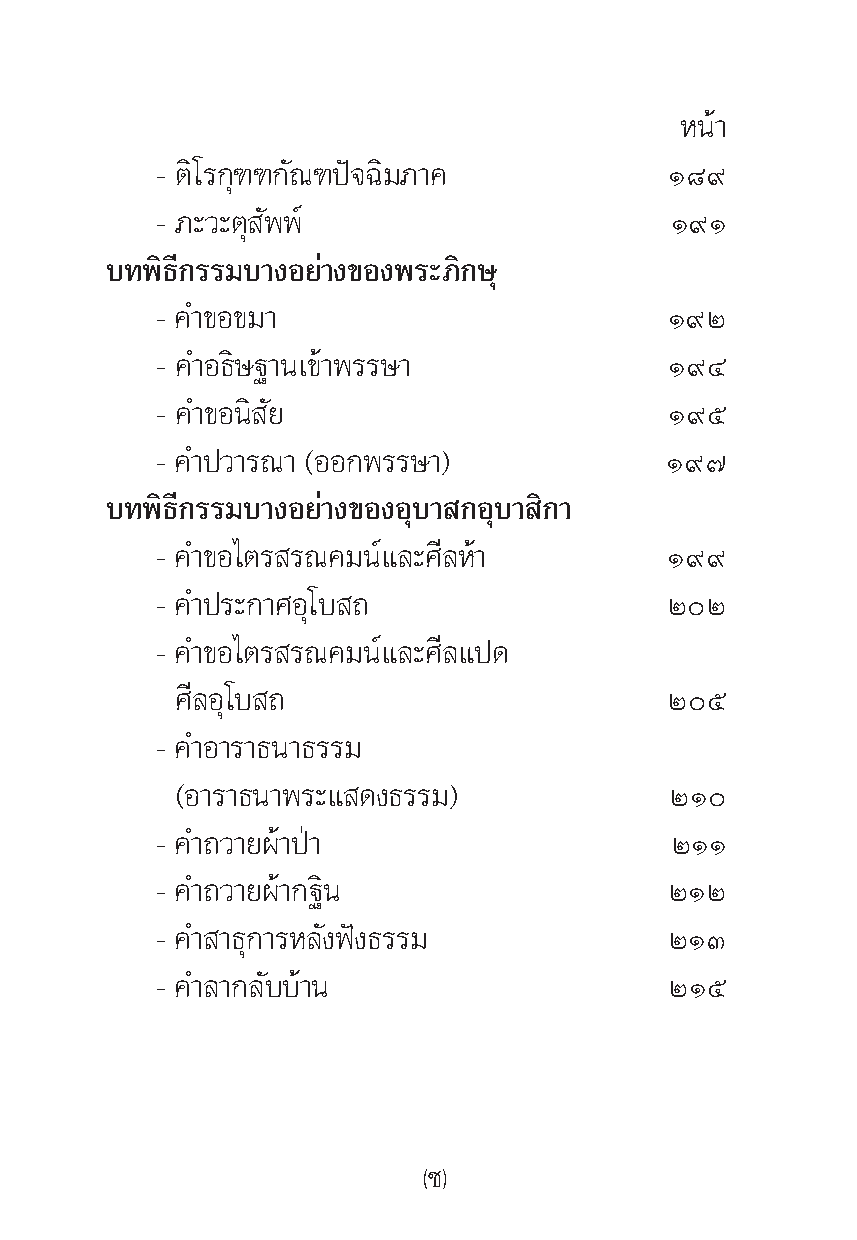
Àπâ“
 - μ‘‚√°ÿ±±°—≥±ªí®©‘¡¿“§           Ò¯˘
 - ¿–«–μÿ —ææå                     Ò˘Ò
 ∫∑æ‘∏’°√√¡∫“ßÕ¬à“ß¢Õßæ√–¿‘°…ÿ
 - §”¢Õ¢¡“                         Ò˘Ú
 - §”Õ∏‘…∞“π‡¢â“æ√√…“              Ò˘Ù
 - §”¢Õπ‘ —¬                       Ò˘ı
 - §”ª«“√≥“ (ÕÕ°æ√√…“)             Ò˘˜
 ∫∑æ‘∏’°√√¡∫“ßÕ¬à“ß¢ÕßÕÿ∫“ °Õÿ∫“ ‘°“
 - §”¢Õ‰μ√ √≥§¡πå·≈–»’≈Àâ“         Ò˘˘
 - §”ª√–°“»Õÿ‚∫ ∂                  ÚÚ
 - §”¢Õ‰μ√ √≥§¡πå·≈–»’≈·ª¥
 »’≈Õÿ‚∫ ∂                       Úı
 - §”Õ“√“∏π“∏√√¡
 (Õ“√“∏π“æ√–· ¥ß∏√√¡)            ÚÒ
 - §”∂«“¬ºâ“ªÉ“                    ÚÒÒ
 - §”∂«“¬ºâ“°∞‘π                   ÚÒÚ
 - §” “∏ÿ°“√À≈—ßøíß∏√√¡            ÚÒÛ
 - §”≈“°≈—∫∫â“π                    ÚÒı
 (™)